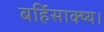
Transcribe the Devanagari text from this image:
बर्हिसाक्ष्य।